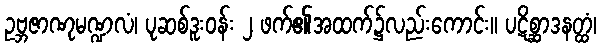
ဥဗ္ဘဇာဏုမဏ္ဍလံ၊ ပုဆစ်ဒူးဝန်း ၂ ဖက်၏အထက်၌လည်းကောင်း။ ပဋိစ္ဆာဒနတ္ထံ၊